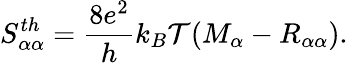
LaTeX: {S_{\alpha\alpha}^{th}=\frac{8e^{2}}{h}k_{B}\mathcal{T}(M_{\alpha}-R_{\alpha\alpha})}.